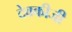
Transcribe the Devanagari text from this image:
देवकीजी